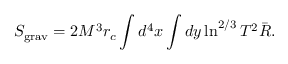
S _ { \mathrm { g r a v } } = 2 M ^ { 3 } r _ { c } \int d ^ { 4 } x \int d y \ln ^ { 2 / 3 } T ^ { 2 } \bar { R } .